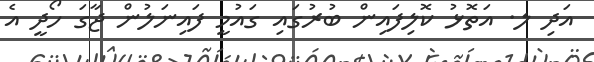
އަދި ލ. އަތޮޅު ކޮލިފައިން ބުރުގައި ގައުމީ ފައިނަލުން ޖާގަ ހޯދީ އެ